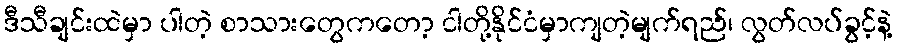
ဒီသီချင်းထဲမှာ ပါတဲ့ စာသားတွေကတော့ ငါတို့နိုင်ငံမှာကျတဲ့မျက်ရည်၊ လွတ်လပ်ခွင့်နဲ့